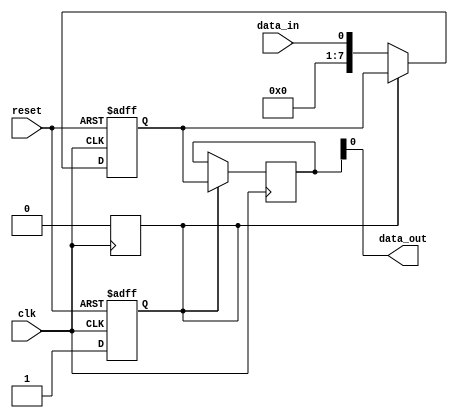
module high_speed_buffer (
    input wire clk,            // Clock signal
    input wire reset,          // Reset signal
    input wire data_in,        // Incoming data from external source
    output wire data_out       // Data to be transmitted to internal logic
);

reg [7:0] buffer;              // Buffer to store incoming data
reg [7:0] output_data;        // Data to be transmitted
reg buffer_full;              // Flag to indicate buffer full

always @(posedge clk or posedge reset) begin
    if (reset) begin
        buffer <= 8'b0;
        buffer_full <= 1'b0;
    end else begin
        if (!buffer_full) begin
            buffer <= data_in;
            buffer_full <= 1'b1;
        end
    end
end

always @(posedge clk) begin
    if (buffer_full) begin
        output_data <= buffer;
        buffer_full <= 1'b0;
    end
end

assign data_out = output_data;

endmodule